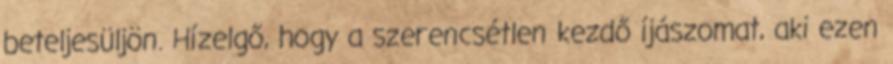
beteljesüljön. Hízelgő, hogy a szerencsétlen kezdő íjászomat, aki ezen